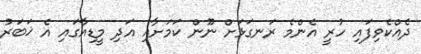
ދެއްކެވިފައި ހުރީ އެންމެ ރަނގަޅަށް ނޫން ކަމަށާއި އަދި މީޑިއާގައި އެ ޚަބަރު